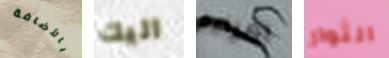
بالأضافة اليك امراءة الثوار